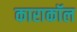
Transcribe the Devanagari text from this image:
काराकॉल